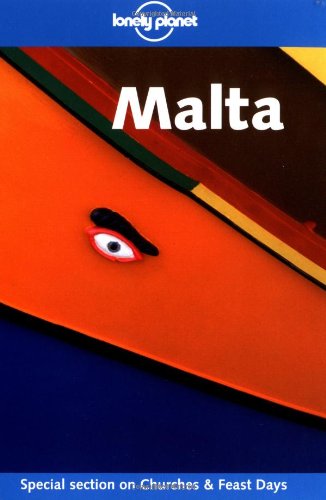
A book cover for Lonely Planet Malta (Lonely Planet Travel Guides); Neil Wilson; Travel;